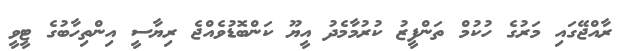
ރާއްޖޭގައި މަރުގެ ހުކުމް ތަންފީޒު ކުރުމާމެދު އީޔޫ ކަންބޮޑުވެއްޖެ ރިޔާސީ އިންތިހާބުގެ ޓީވީ